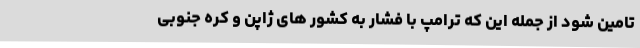
تامین شود از جمله این که ترامپ با فشار به کشور های ژاپن و کره جنوبی